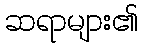
ဆရာများ၏